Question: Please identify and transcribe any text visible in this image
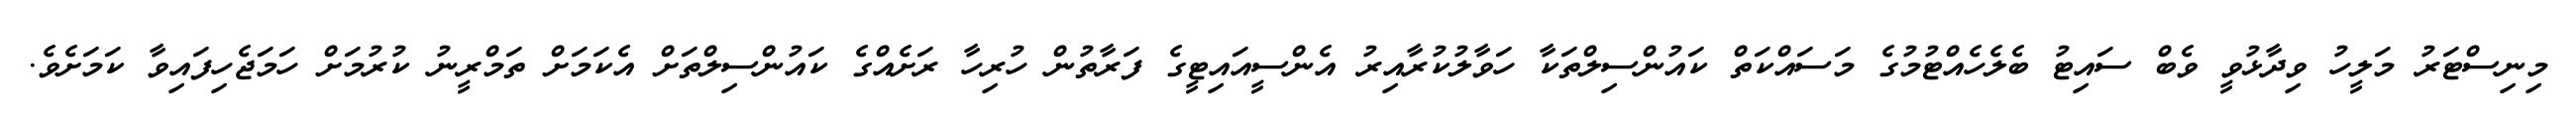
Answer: މިނިސްޓަރު މަލީހު ވިދާޅުވީ ވެބް ސައިޓު ބެލެހެއްޓުމުގެ މަސައްކަތް ކައުންސިލްތަކާ ހަވާލުކުރާއިރު އެންސީއައިޓީގެ ފަރާތުން ހުރިހާ ރަށެއްގެ ކައުންސިލްތަށް އެކަމަށް ތަމްރީނު ކުރުމަށް ހަމަޖެހިފައިވާ ކަމަށެވެ.